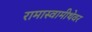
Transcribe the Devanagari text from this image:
रामास्वामीथेवर